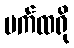
မက်ထရို